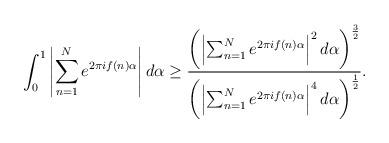
LaTeX: \begin{align*} \int^{1}_{0} \left|\sum^{N}_{n=1} e^{2 \pi i f(n) \alpha} \right| d \alpha \geq\frac{\left(\left|\sum^{N}_{n=1} e^{2 \pi i f(n) \alpha}\right|^{2} d\alpha\right)^{\frac{3}{2}}}{\left(\left|\sum^{N}_{n=1} e^{2 \pi i f(n)\alpha}\right|^{4} d \alpha \right)^{\frac{1}{2}}}.\end{align*}